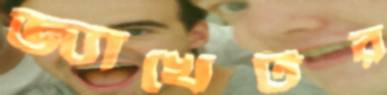
জ্যাখেটর